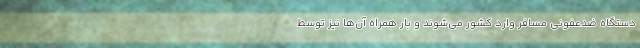
دستگاه ضدعفونی مسافر وارد کشور می‌شوند و بار همراه آن‌ها نیز توسط